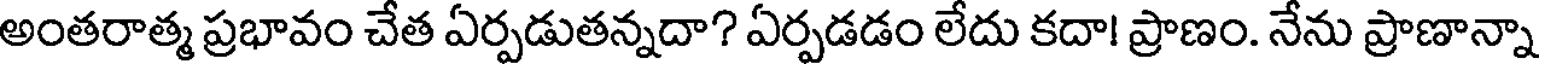
అంతరాత్మ ప్రభావం చేత ఏర్పడుతన్నదా? ఏర్పడడం లేదు కదా! ప్రాణం. నేను ప్రాణాన్నా